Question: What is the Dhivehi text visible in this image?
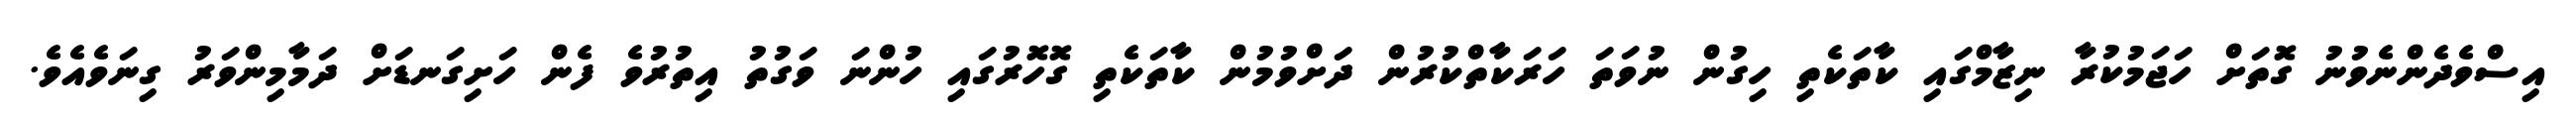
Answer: އިސްވެދެންނެވުނު ގޮތަށް ހަޖަމުކުރާ ނިޒާމްގައި ކާތަކެތި ހިގުން ނުވަތަ ހަރަކާތްކުރުން ދަށްވުމުން ކާތަކެތި ގޮހޮރުގައި ހުންނަ ވަގުތު އިތުރުވެ ފެން ހަށިގަނޑަށް ދަމާމިންވަރު ގިނަވެއެވެ.